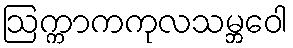
ဩက္ကာကကုလသမ္ဘဝေါ